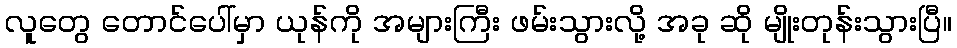
လူတွေ တောင်ပေါ်မှာ ယုန်ကို အများကြီး ဖမ်းသွားလို့ အခု ဆို မျိုးတုန်းသွားပြီ။